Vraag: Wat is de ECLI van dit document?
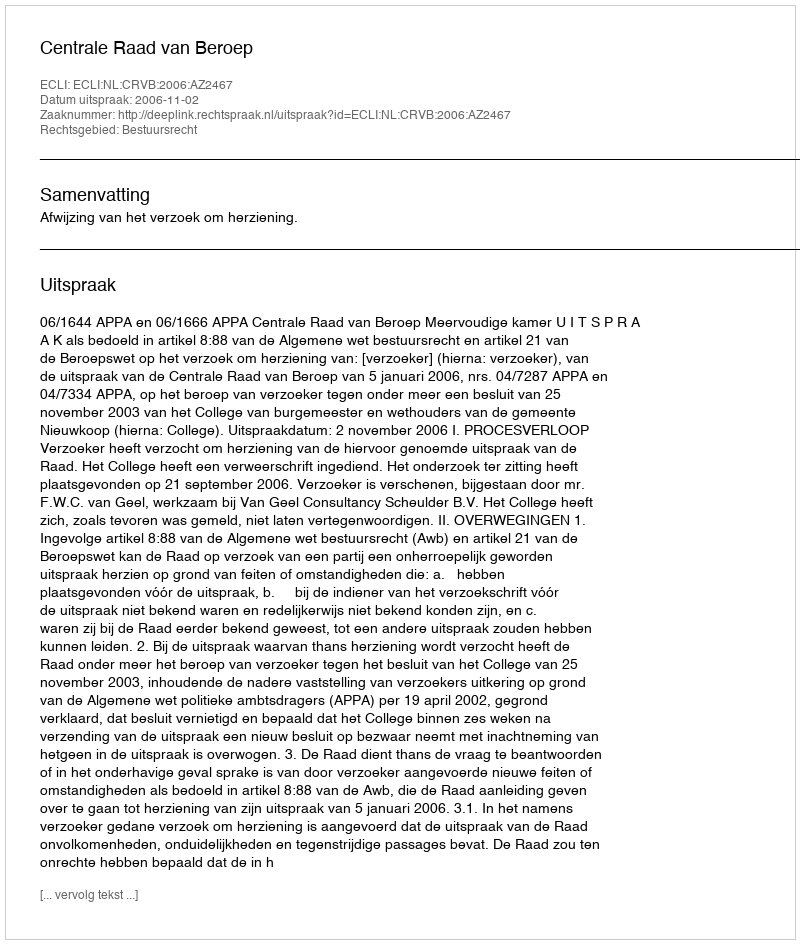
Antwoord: ECLI:NL:CRVB:2006:AZ2467